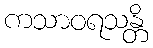
ကသာဝရသန္တိ